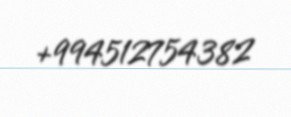
+994512754382